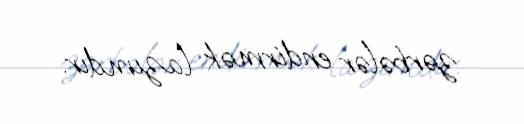
zərbələr endirmək lazımdır.